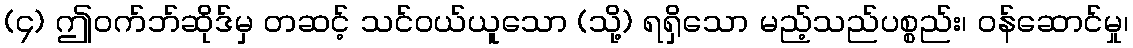
(၄) ဤဝက်ဘ်ဆိုဒ်မှ တဆင့် သင်ဝယ်ယူသော (သို့) ရရှိသော မည့်သည်ပစ္စည်း၊ ဝန်ဆောင်မှု၊